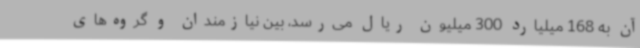
آن به 168 میلیارد 300 میلیون ریال می‌رسد، بین نیازمندان و گروه‌های